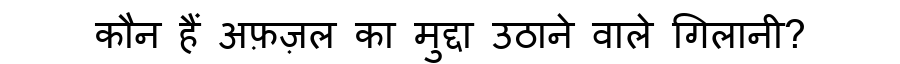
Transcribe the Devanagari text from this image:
कौन हैं अफ़ज़ल का मुद्दा उठाने वाले गिलानी?